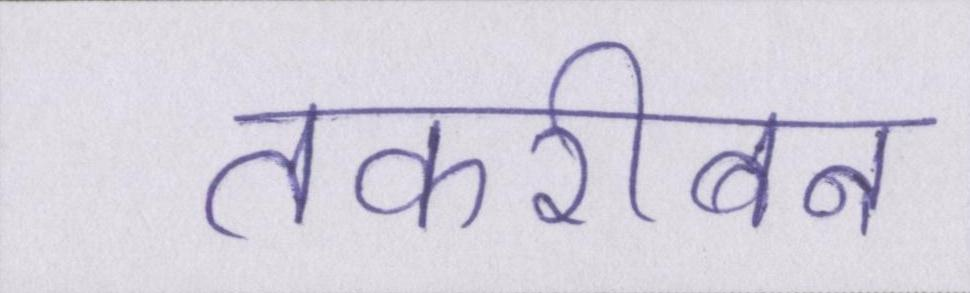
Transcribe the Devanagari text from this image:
तकरीबन